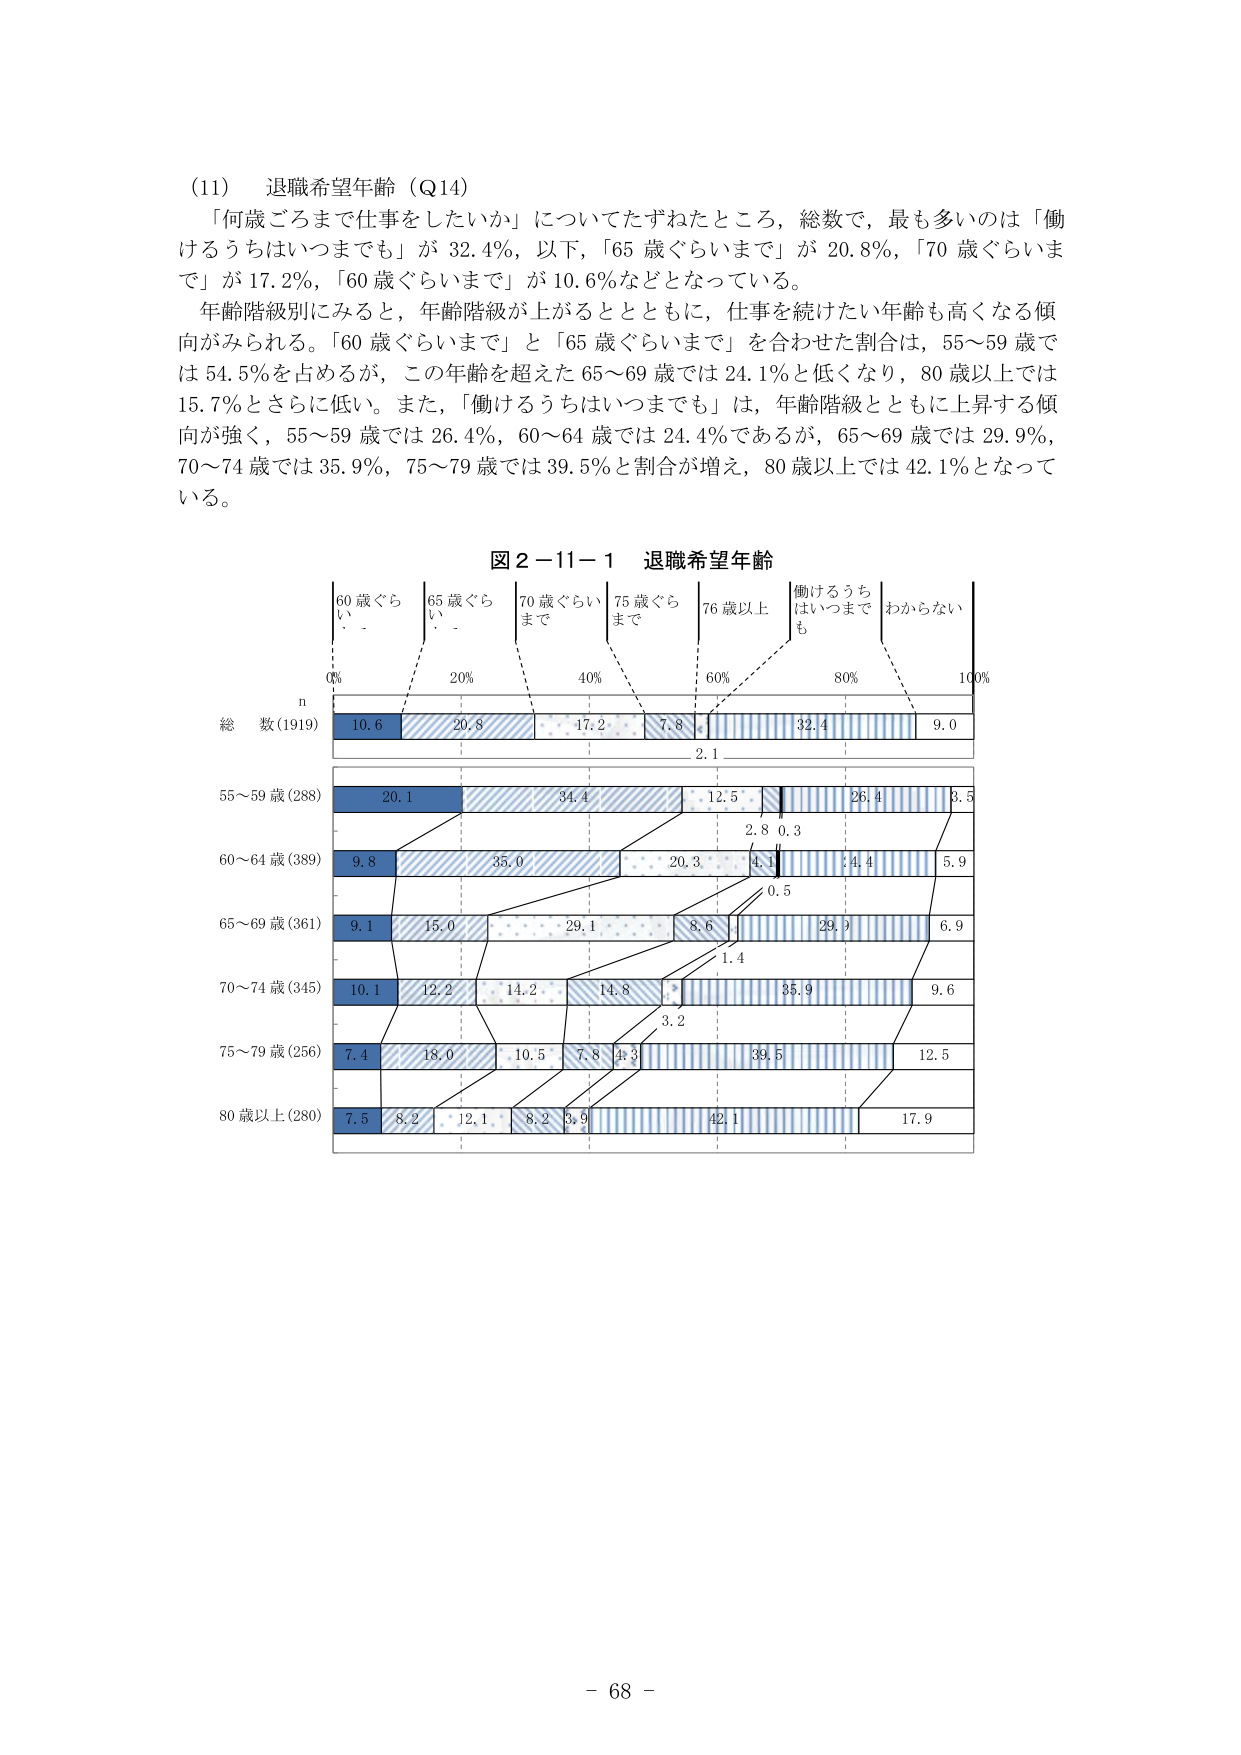
(11) 退職希望年齢（Q14）
「何歳ごろまで仕事をしたいか」についてたずねたところ、総数で、最も多いのは「働けるうちはいつまでも」が 32.4％、以下、「65 歳ぐらいまで」が 20.8％、「70 歳ぐらいまで」が 17.2％、「60 歳ぐらいまで」が 10.6％などとなっている。
年齢階級別にみると、年齢階級が上がるとともに、仕事を続けたい年齢も高くなる傾向がみられる。「60 歳ぐらいまで」と「65 歳ぐらいまで」を合わせた割合は、55～59 歳では 54.5％を占めるが、この年齢を超えた 65～69 歳では 24.1％と低くなり、80 歳以上では 15.7％とさらに低い。また、「働けるうちはいつまでも」は、年齢階級とともに上昇する傾向が強く、55～59 歳では 26.4％、60～64 歳では 24.4％であるが、65～69 歳では 29.9％、70～74 歳では 35.9％、75～79 歳では 39.5％と割合が増え、80 歳以上では 42.1％となっている。

図2-11-1 退職希望年齢
60歳ぐらいまで　65歳ぐらいまで　70歳ぐらいまで　75歳ぐらいまで　76歳以上　働けるうちはいつまでも　わからない
0%　　　　　　　20%　　　　　　　40%　　　　　　　60%　　　　　　　80%　　　　　　　100%
n
総数(1919)　10.6　20.8　17.2　7.8　2.1　32.4　9.0
55～59歳(288)　20.1　34.4　12.5　2.8　0.3　26.4　8.5
60～64歳(389)　9.8　35.0　20.3　4.1　0.5　24.4　5.9
65～69歳(361)　9.1　15.0　29.1　8.6　1.4　29.9　6.9
70～74歳(345)　10.1　12.2　14.2　14.8　3.2　35.9　9.6
75～79歳(256)　7.4　18.0　10.5　7.8　4.3　39.5　12.5
80歳以上(280)　7.5　8.2　12.1　8.2　3.9　42.1　17.9

- 68 -